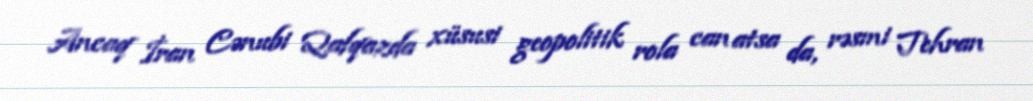
Ancaq İran Cənubi Qafqazda xüsusi geopolitik rola can atsa da, rəsmi Tehran